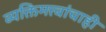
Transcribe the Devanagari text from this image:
व्यक्तिमत्त्वांचाही